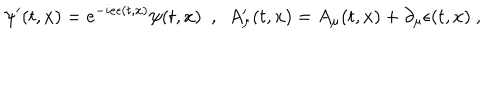
\psi ^ { \prime } ( t , x ) = e ^ { - i e \epsilon ( t , x ) } \psi ( t , x ) \ \ , \ \ A _ { \mu } ^ { \prime } ( t , x ) = A _ { \mu } ( t , x ) + \partial _ { \mu } \epsilon ( t , x ) \ ,